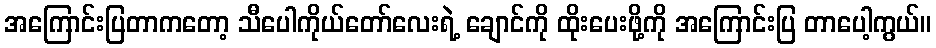
အကြောင်းပြတာကတော့ သီပေါကိုယ်တော်လေးရဲ့ ချောင်ကို ထိုးပေးဖို့ကို အကြောင်းပြ တာပေါ့ကွယ်။